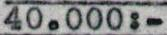
40.000:-